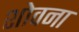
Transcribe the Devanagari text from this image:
शोवना